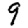
Digit: 9